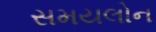
સમયલોન